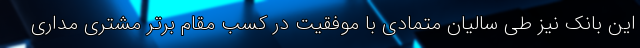
این بانک نیز طی سالیان متمادی با موفقیت در کسب مقام برتر مشتری مداری